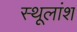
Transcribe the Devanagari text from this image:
स्थूलांश